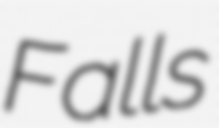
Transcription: Falls